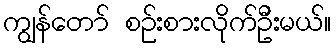
ကျွန်တော် စဉ်းစားလိုက်ဦးမယ်။